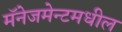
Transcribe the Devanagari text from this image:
मॅनेजमेन्टमधील